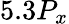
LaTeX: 5.3P_{x}